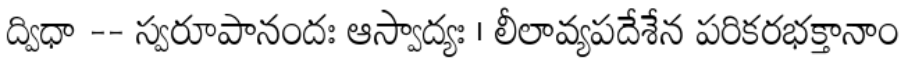
ద్విధా -- స్వరూపానందః ఆస్వాద్యః । లీలావ్యపదేశేన పరికరభక్తానాం